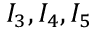
I _ { 3 } , I _ { 4 } , I _ { 5 }